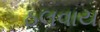
ઠલવાય